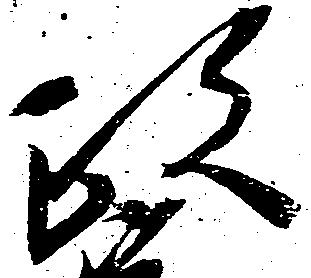
政